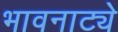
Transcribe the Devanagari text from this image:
भावनाट्ये